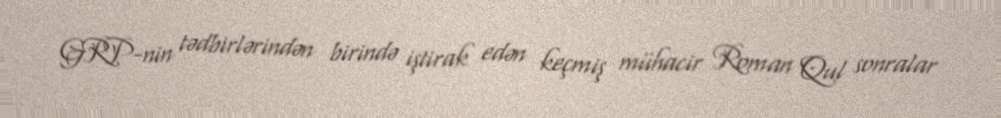
GRP-nin tədbirlərindən birində iştirak edən keçmiş mühacir Roman Qul sonralar